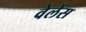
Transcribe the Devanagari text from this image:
वेलेंस